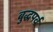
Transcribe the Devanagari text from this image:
बुद्धपर्व